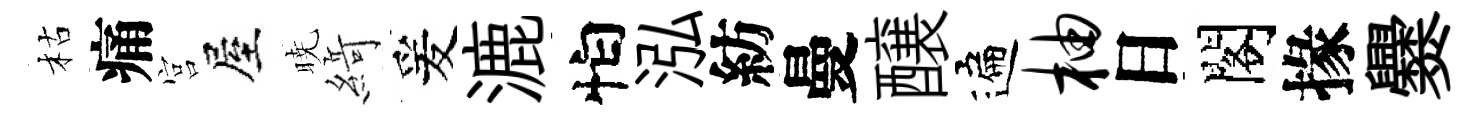
枯痛宫屋暁𦂶爰漉怕泓紡曼醸遍柚日閣掾爨